On kala azar, malaria and malarial cachexia - Number 19
Disease focus: Malaria
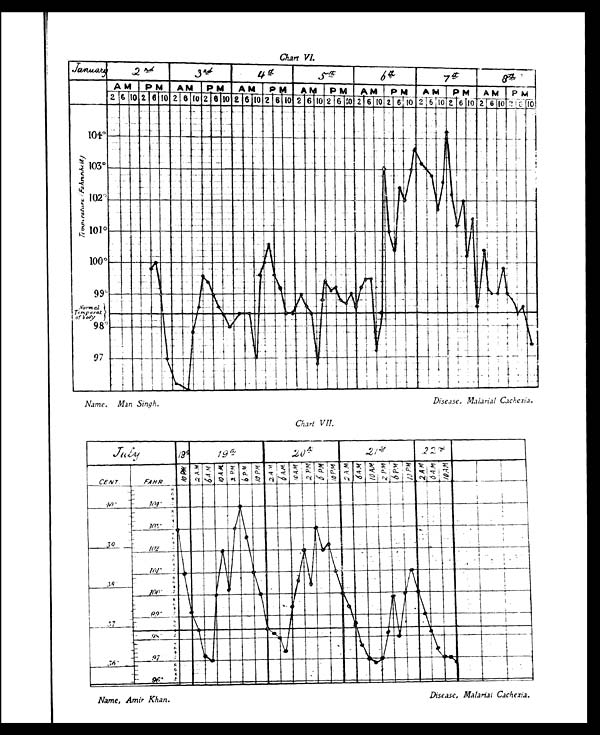
Chart VI.
Chart VII.
Name, Man Singh.
Disease, Malarial Cachexia.
Name, Amir Khan.
Disease, Malarial Cachexia.